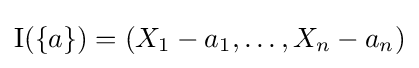
\mathrm {I} (\{a\})=(X_{1}-a_{1},\ldots ,X_{n}-a_{n})